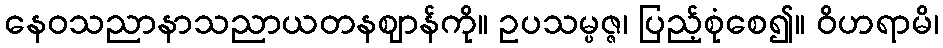
နေဝသညာနာသညာယတနဈာန်ကို။ ဥပသမ္ပဇ္ဇ၊ ပြည့်စုံစေ၍။ ဝိဟရာမိ၊